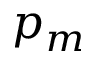
p _ { m }